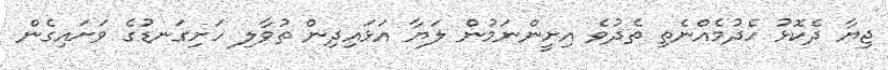
ޖިޔާ ދެކޮޅު ހެދުމެއްނެތި ތެދުވެ އިށީންނަމުން ލަޔާ އަޅައިދިން ތުވާލި ހަށިގަނޑުގެ ވަށައިގެން